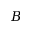
B